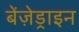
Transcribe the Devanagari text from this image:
बेंज़ेड्राइन